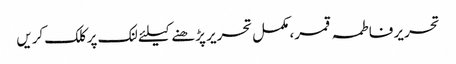
تحریر فاطمہ قمر، مکمل تحریر پڑھنے کیلئے لنک پر کلک کریں